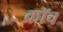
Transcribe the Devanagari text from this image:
क्रॉच